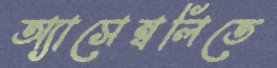
অ্যাসেম্বলিতে